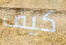
كيف